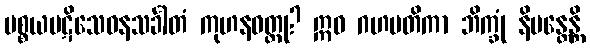
ပစ္စယပဋိသေဝနသင်္ခါတံ ကုဟနဝတ္ထု? ဣဓ ဂဟပတိကာ ဘိက္ခုံ နိမန္တေန္တိ